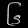
Digit: ၆